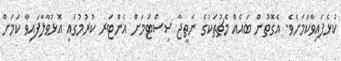
ކުޅެފައިވާކަމަށެވެ. އެގޮތުން ބައެއް މެޗުތަކުގެ ނަތީޖާ ސިސްޓަމަށް އެންޓަރ ކުރުމުގައި އޮޅުވާލާފައިވާ ކަމަށް